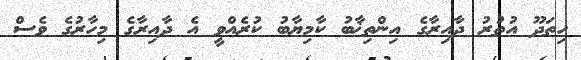
ހިތަދޫ އުތުރު ދާއިރާގެ އިންތިޚާބު ކާމިޔާބު ކުރެއްވީ އެ ދާއިރާގެ މިހާރުގެ ވެސް